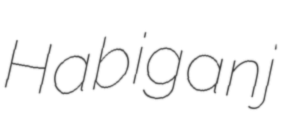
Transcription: Habiganj